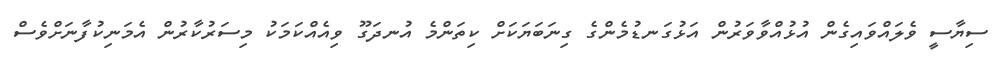
ސިޔާސީ ވެލައްވައިގެން އުޅުއްވާވަރުން އަޅުގަނޑުމެންގެ ގިނަބަޔަކަށް ކިތަންމެ އުނދަގޫ ވިއެއްކަމަކު މިސަރުކާރުން އެމަނިކުފާނަށްވެސް